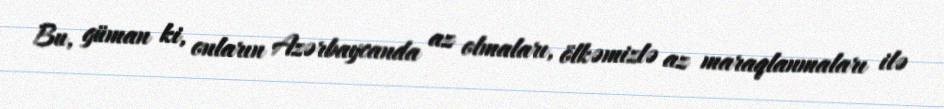
Bu, güman ki, onların Azərbaycanda az olmaları, ölkəmizlə az maraqlanmaları ilə